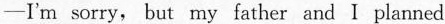
-I'm sorry, but my father and I planned